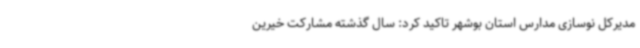
مدیرکل نوسازی مدارس استان بوشهر تاکید کرد: سال گذشته مشارکت خیرین